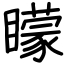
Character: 矇